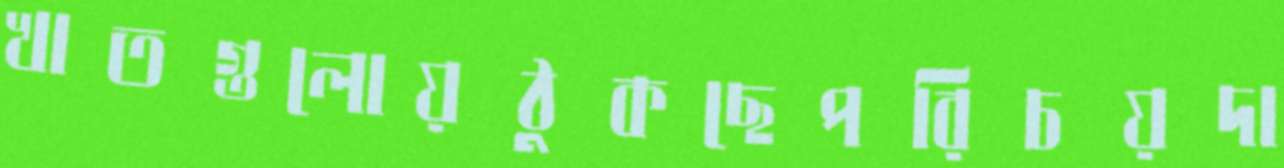
খাতগুলোয়ঠুকছেপরিচয়দা